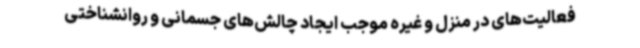
فعالیت‌های در منزل و غیره موجب ایجاد چالش‌های جسمانی و روانشناختی